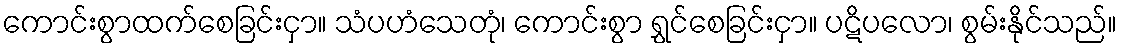
ကောင်းစွာထက်စေခြင်းငှာ။ သံပဟံသေတုံ၊ ကောင်းစွာ ရွှင်စေခြင်းငှာ။ ပဋိပလော၊ စွမ်းနိုင်သည်။